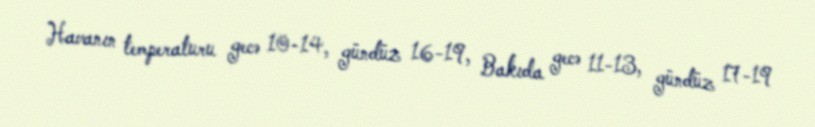
Havanın temperaturu gecə 10-14, gündüz 16-19, Bakıda gecə 11-13, gündüz 17-19